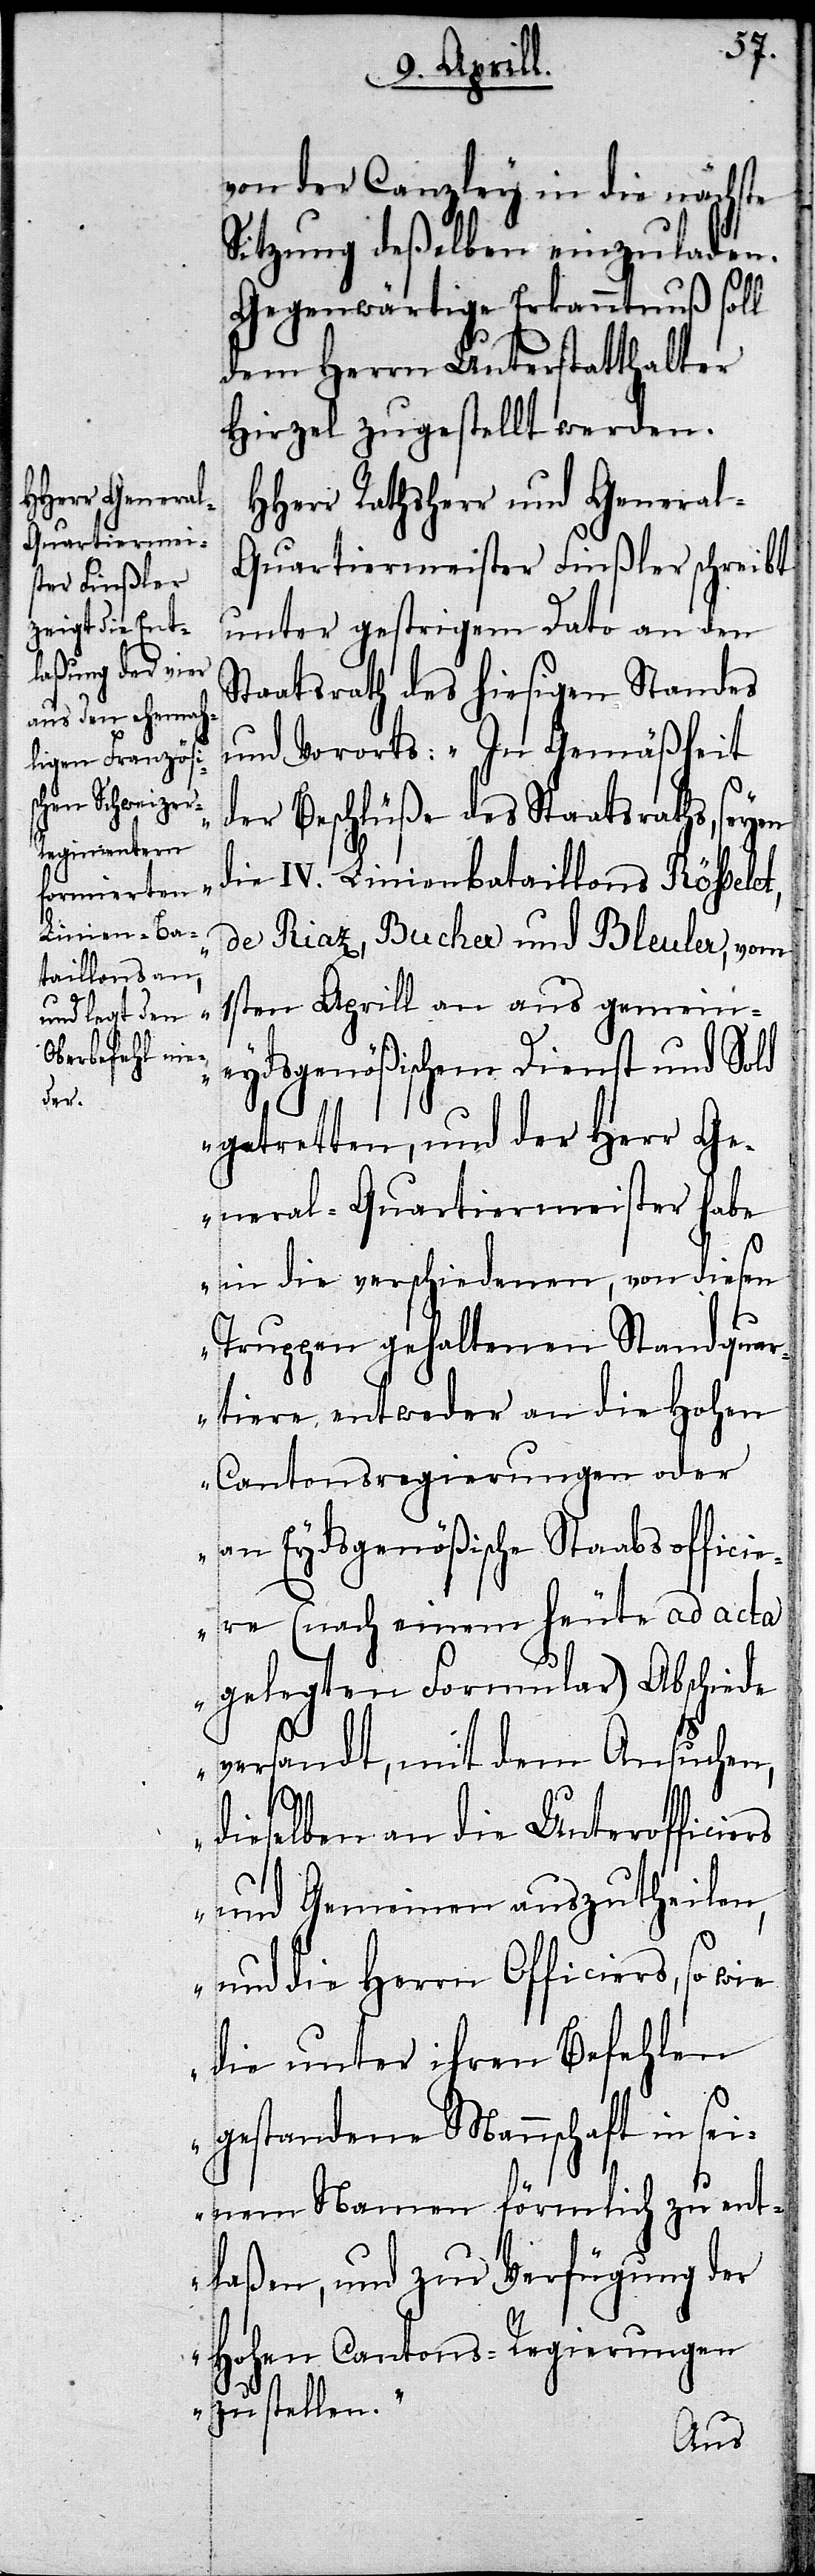
von der Canzley in die nächste
Sitzung deßelben einzuladen.
Gegenwärtige Erkanntnuß soll
dem Herrn Unterstatthalter
Hirzel zugestellt werden.
HHerr Rathsherr und Genera¬
l-Quartiermeister Finßler schreibt
unter gestrigem Dato an den
Staatsrath des hiesigen Standes
und Vororts: „In Gemäßheit
der Beschlüße des Staatsraths,
die IV. Linienbataillons Rösselet,
de Riaz, Bucher und Bleuler, vom
1sten Aprill an aus gemein¬
eydsgenößischem Dienst und Sold
getretten, und der Herr Ge¬
neral-Quartiermeister habe
in die verschiedenen, von diesen
Truppen gehaltenen Standquar¬
tiere entweder an die Hohen
Cantonsregierungen oder
an Eydsgenößische Staabsoffici¬
ere (nach einem heute ad acta
gelegten Formular) Abschiede
versandt, mit dem Ansuchen,
dieselben an die Unterofficiers
und Gemeinen auszutheilen,
und die Herrn Officiere, so
die unter ihren Befehlen
gestandene Mannschaft in sei¬
nem Namen förmlich zu ent¬
laßen, und zur Verfügung der
Hohen Cantons-Regierungen
zu stellen.